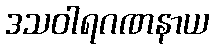
ဒသဝါရဂဏနာယ